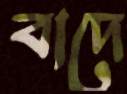
বাদে